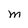
Character: M